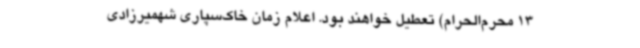
13 محرم‌الحرام) تعطیل خواهند بود. اعلام زمان خاک‌سپاری شهمیرزادی